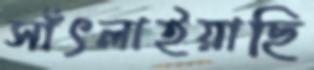
সাঁৎলাইয়াছি